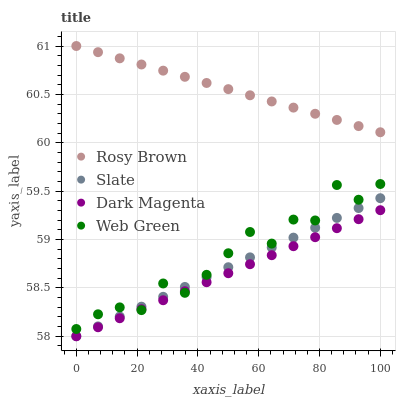
| xaxis_label | Rosy Brown | Slate | Dark Magenta | Web Green |
 | --- | --- | --- | --- | --- |
 | 0 | 61 | 58 | 58 | 58.1 |
 | 7.14 | 60.9 | 58.1 | 58.1 | 58.2 |
 | 14.3 | 60.9 | 58.2 | 58.2 | 58.3 |
 | 21.4 | 60.8 | 58.3 | 58.3 | 58.3 |
 | 28.6 | 60.7 | 58.4 | 58.4 | 58.5 |
 | 35.7 | 60.7 | 58.5 | 58.5 | 58.4 |
 | 42.9 | 60.6 | 58.6 | 58.6 | 58.6 |
 | 50 | 60.6 | 58.7 | 58.7 | 58.9 |
 | 57.1 | 60.5 | 58.8 | 58.7 | 59.1 |
 | 64.3 | 60.4 | 58.9 | 58.8 | 59 |
 | 71.4 | 60.4 | 59 | 58.9 | 59.2 |
 | 78.6 | 60.3 | 59.1 | 59 | 59.2 |
 | 85.7 | 60.2 | 59.2 | 59.1 | 59.6 |
 | 92.9 | 60.2 | 59.3 | 59.2 | 59.4 |
 | 100 | 60.1 | 59.4 | 59.3 | 59.6 |